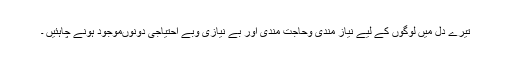
تیرے دل میں لوگوں کے لیے نیاز مندی وحاجت مندی اور بے نیازی وبے احتیاجی دونوںموجود ہونے چاہئیں ۔